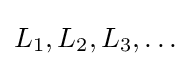
L_{1},L_{2},L_{3},\ldots